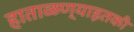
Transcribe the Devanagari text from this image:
हाताळण्याइतकी